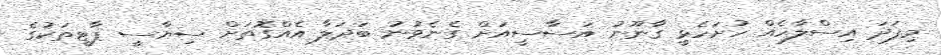
މިފަދަ އިސްލާހެއް ހުށަހެޅީ ގާނޫނު އަސާސީއަށް ގެނެވުނު ބަދަލާ އެއްގޮތަށް ސިޔާސީ ޕާޓީތަކުގެ